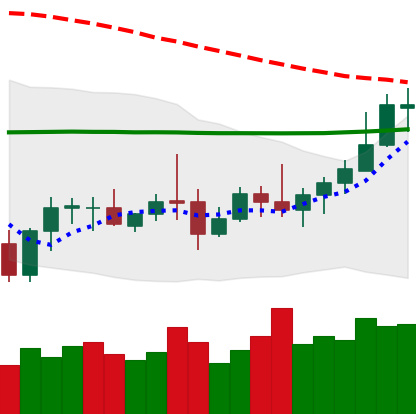
Ticker: LTC-USD
Chart end date: 2020-10-12
Forward return: -7.272%
Label: down_7plus